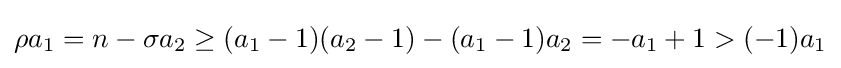
\rho a_{1}=n-\sigma a_{2}\geq (a_{1}-1)(a_{2}-1)-(a_{1}-1)a_{2}=-a_{1}+1>(-1)a_{1}